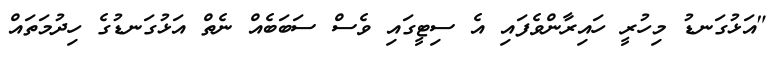
"އަޅުގަނޑު މިހުރީ ހައިރާންވެފައި އެ ސިޓީގައި ވެސް ސަބަބެއް ނެތް އަޅުގަނޑުގެ ހިދުމަތައް